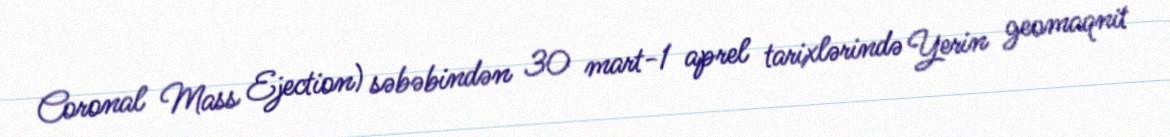
Coronal Mass Ejection) səbəbindən 30 mart-1 aprel tarixlərində Yerin geomaqnit